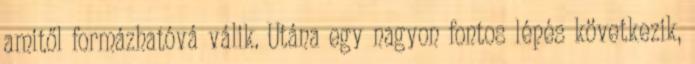
amitől formázhatóvá válik. Utána egy nagyon fontos lépés következik,